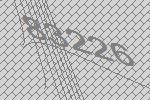
83226